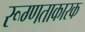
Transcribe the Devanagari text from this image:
रूग्णताकारक